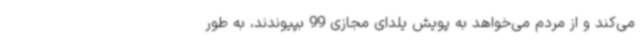
می‌کند و از مردم می‌خواهد به پویش یلدای مجازی 99 بپیوندند، به طور